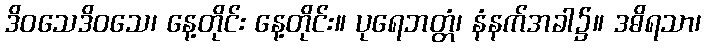
ဒိဝသေဒိဝသေ၊ နေ့တိုင်း နေ့တိုင်း။ ပုရေဘတ္တံ၊ နံနက်အခါ၌။ ဒဓိရသာ၊